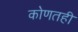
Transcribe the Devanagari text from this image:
कोणतही